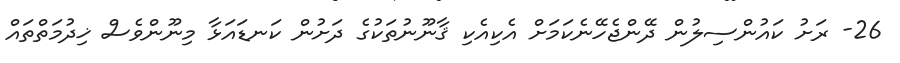
26- ރަށު ކައުންސިލުން ދޭންޖެހޭނެކަމަށް އެކިއެކި ޤާނޫނުތަކުގެ ދަށުން ކަނޑައަޅާ މިނޫންވެސް ޚިދުމަތްތައް